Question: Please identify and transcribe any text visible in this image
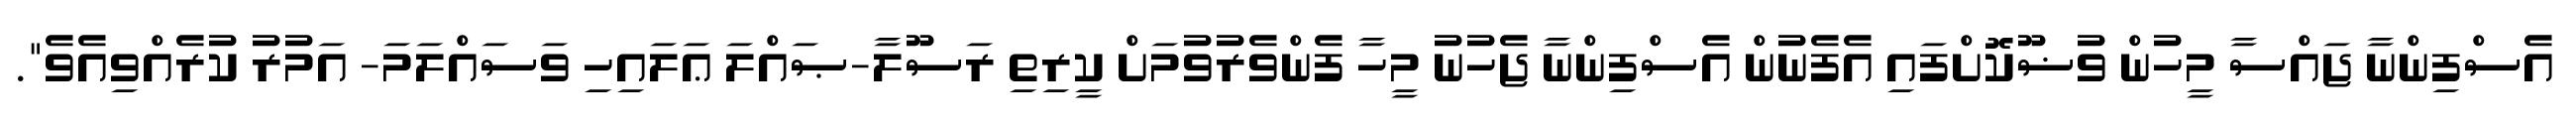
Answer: އެސްފިންނާ ޖައްސާ މީހުން ވުޟޫކޮށްފައި އެފެނުން އެސްފިންނާ ޖެހުނު މީހާ ފެންވެރުވުމަށް ކީރިތި ރަސޫލާ-ޞައްލަ ޢަލައިހި ވަސައްލަމަ- އަމުރު ކުރެއްވިއެވެ".